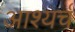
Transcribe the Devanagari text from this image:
आश्यर्च